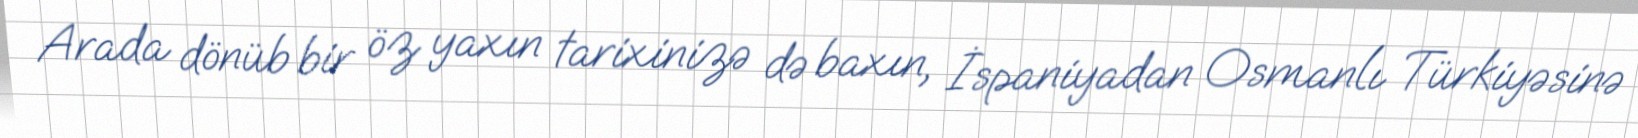
Arada dönüb bir öz yaxın tarixinizə də baxın, İspaniyadan Osmanlı Türkiyəsinə